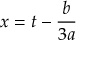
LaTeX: x = t - { \frac { b } { 3 a } }